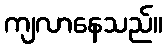
ကျလာနေသည်။